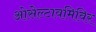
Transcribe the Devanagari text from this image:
ओसेल्टावमिविर